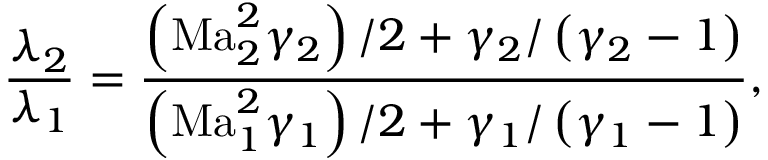
\frac { \lambda _ { 2 } } { \lambda _ { 1 } } = \frac { \left( \mathrm { M a } _ { 2 } ^ { 2 } \gamma _ { 2 } \right) / 2 + \gamma _ { 2 } / \left( \gamma _ { 2 } - 1 \right) } { \left( \mathrm { M a } _ { 1 } ^ { 2 } \gamma _ { 1 } \right) / 2 + \gamma _ { 1 } / \left( \gamma _ { 1 } - 1 \right) } ,